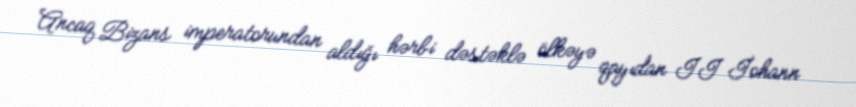
Ancaq Bizans imperatorundan aldığı hərbi dəstəklə ölkəyə qayıdan II İohann